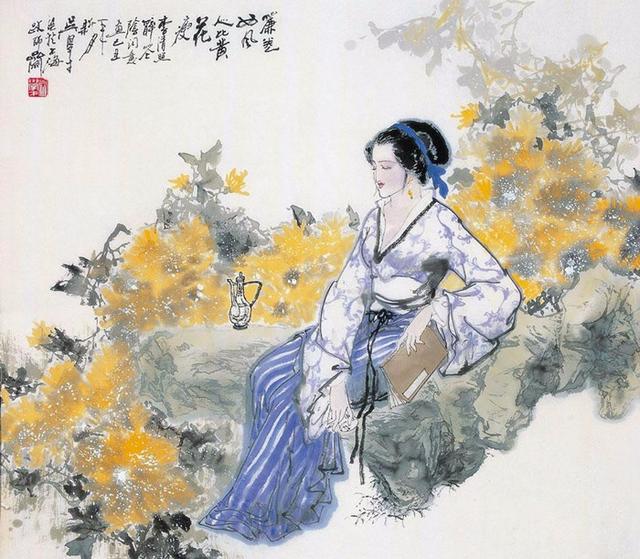
佳时倍惜风光别，不为登高。只觉魂销。